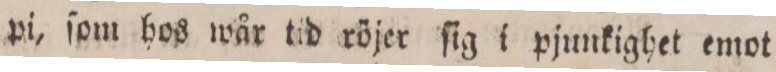
pi, ſom hos wår tid röjer ſig i pjunkighet emot